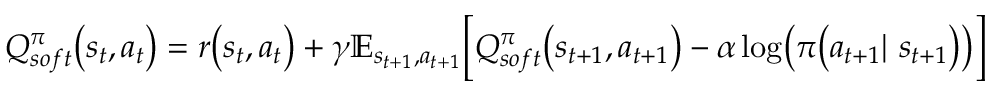
\begin{array} { r } { Q _ { s o f t } ^ { \pi } \big ( s _ { t } , a _ { t } \big ) = r \big ( s _ { t } , a _ { t } \big ) + \gamma \mathbb { E } _ { s _ { t + 1 } , a _ { t + 1 } } \biggl [ Q _ { s o f t } ^ { \pi } \big ( s _ { t + 1 } , a _ { t + 1 } \big ) - \alpha \log \bigl ( \pi \big ( a _ { t + 1 } | \ s _ { t + 1 } \bigr ) \bigr ) \biggr ] } \end{array}